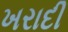
ખરાદી